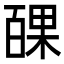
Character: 𭽝